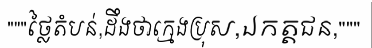
"""ថ្លៃតំបន់,ដឹងថាក្មេងប្រុស,ឯកត្តជន,"""